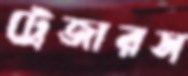
ট্রেজারস